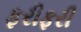
ફરીફરી